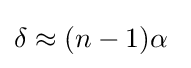
\delta \approx (n-1)\alpha \